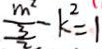
\frac { m ^ { 2 } } { \frac { 3 } { 2 } } - k ^ { 2 } = 1